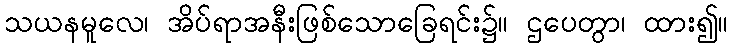
သယနမူလေ၊ အိပ်ရာအနီးဖြစ်သောခြေရင်း၌။ ဌပေတွာ၊ ထား၍။